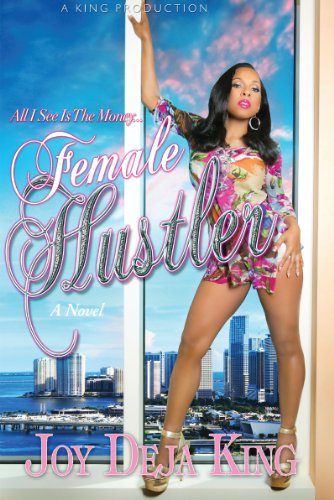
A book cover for Female Hustler; Joy Deja King; Literature & Fiction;